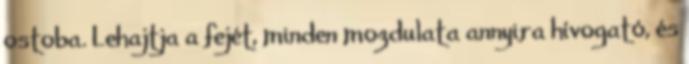
ostoba. Lehajtja a fejét, minden mozdulata annyira hívogató, és